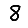
Digit: 8